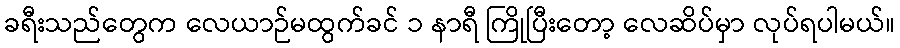
ခရီးသည်တွေက လေယာဉ်မထွက်ခင် ၁ နာရီ ကြိုပြီးတော့ လေဆိပ်မှာ လုပ်ရပါမယ်။